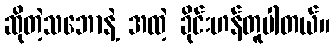
ဆိုတဲ့သဘောနဲ့ အထဲ့ ခိုင်းဟန်တူပါတယ်။